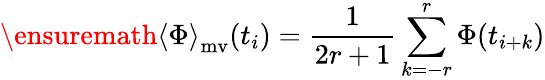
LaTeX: \ensuremath{\langle\Phi\rangle}_{\mathrm{mv}}(t_{i})=\frac{1}{2r+1}\sum_{k=-r}^{r}\Phi(t_{i+k})